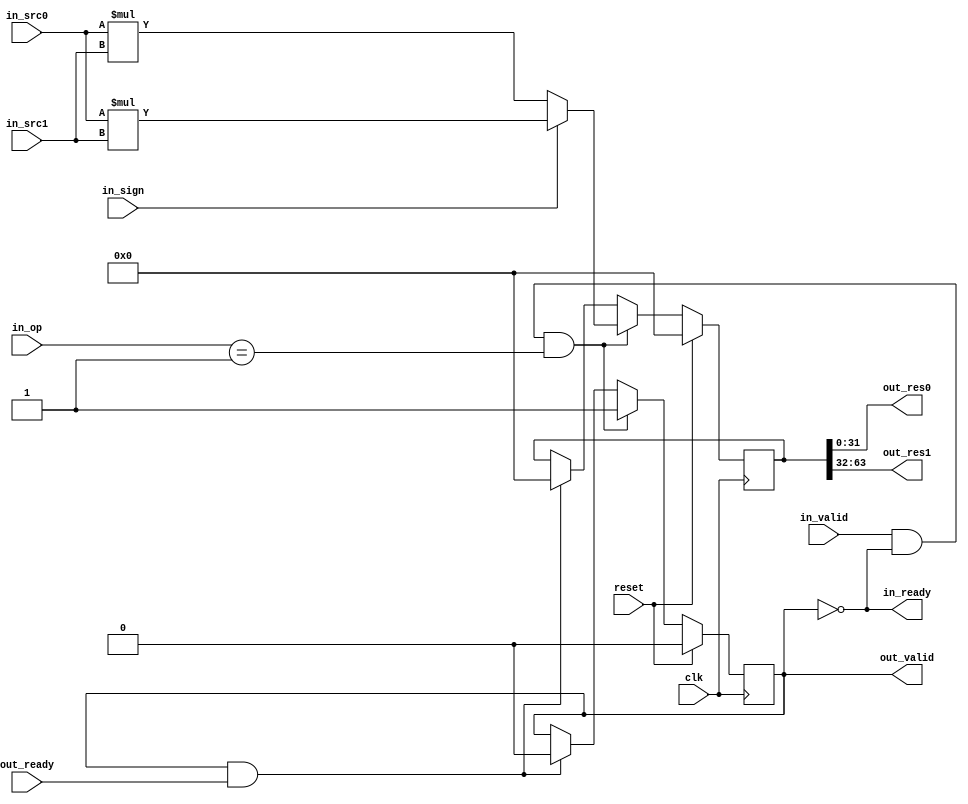
`timescale 1ns / 1ps
//////////////////////////////////////////////////////////////////////////////////
// Company: 
// Engineer: 
// 
// Design Name: 
// Module Name:    MulUnit 
// Project Name: 
// Target Devices: 
// Tool versions: 
// Description: 
//
// Dependencies: 
//
// Revision: 
// Revision 0.01 - File Created
// Additional Comments: 
//
//////////////////////////////////////////////////////////////////////////////////
`define  IDLE 2'b00
`define  MUL  2'b01
`define  DIV  2'b10

module MulUnit(
    input wire clk,
    input wire reset,
    input wire [31:0] in_src0,
    input wire [31:0] in_src1,
    input wire [1:0] in_op,
    input wire in_sign,
    output wire in_ready,
    input wire in_valid,
    input wire out_ready,
    output wire out_valid,
    output wire [31:0] out_res0,
    output wire [31:0] out_res1
);
    reg done;
    reg [63:0] tmp;
    wire signed [63:0] sr = $signed(in_src0) * $signed(in_src1);
    wire [63:0] usr = in_src0 * in_src1;

    assign {out_res1, out_res0, in_ready, out_valid} = {tmp, !done, done};

    always@(posedge clk) begin
        if(reset) begin
            done <= 'h0;
            tmp <= 'h0;
        end 
        else if(in_valid & in_ready & (in_op == `MUL)) begin
            tmp <= in_sign ? sr : usr;
            done <= 'h1;
        end 
        else if(out_valid & out_ready) begin
            tmp <= 'h0;
            done <= 'h0;
        end
    end
endmodule